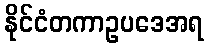
နိုင်ငံတကာဥပဒေအရ